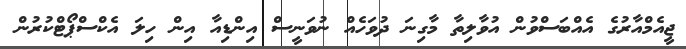
ޖީއެމްއާރުގެ އެއްބަސްވުން އުވާލިތާ މާގިނަ ދުވަހެއް ނުވަނީސް އިންޑިއާ އިން ހިލަ އެކްސްޕޯޓްކުރުން